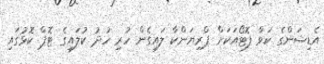
އެޑިޝަންގެ ކަވާ ފޮޓޯއަކަށް ޕްރިޔަންކާ ލައިގެން ހުރި ހުދު ކުލައިގެ ޓޮޕް ކޮޅުގައި